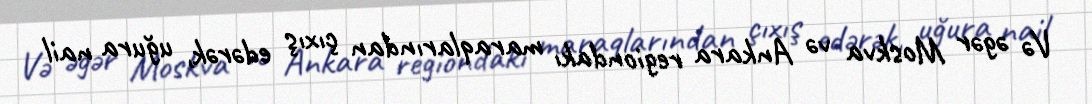
Və əgər Moskva və Ankara regiondakı maraqlarından çıxış edərək, uğura nail